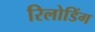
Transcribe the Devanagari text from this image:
रिलोडिंग